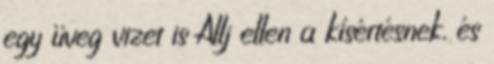
egy üveg vizet is Állj ellen a kísértésnek, és